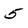
Character: 5